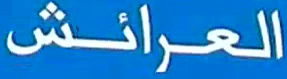
العرائش